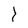
Character: Y